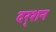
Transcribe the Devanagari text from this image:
दर्‍शन